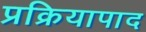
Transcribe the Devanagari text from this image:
प्रक्रियापाद